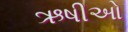
ઋષીઓ